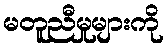
မတူညီမှုများကို